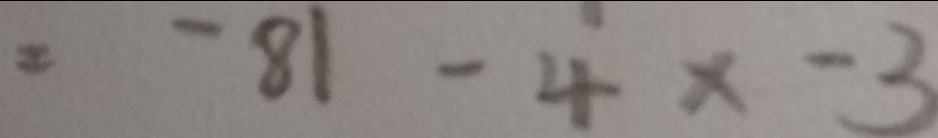
= - 8 1 - 4 \times - 3